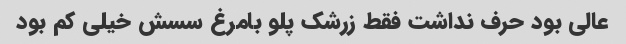
عالی بود حرف نداشت فقط زرشک پلو بامرغ سسش خیلی کم بود